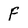
Character: F